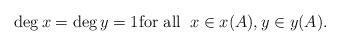
LaTeX: \begin{align*}\deg x = \deg y = 1 \mbox{for all} \; \; x \in x(A), y \in y(A).\end{align*}